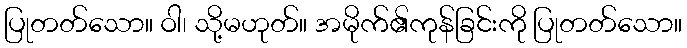
ပြုတတ်သော။ ဝါ၊ သို့မဟုတ်။ အမိုက်၏ကုန်ခြင်းကို ပြုတတ်သော။